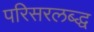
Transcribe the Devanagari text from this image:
परिसरलब्द्ध